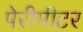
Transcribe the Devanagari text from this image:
पेरीमीटर